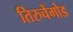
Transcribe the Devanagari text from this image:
तिरुचेंगोड